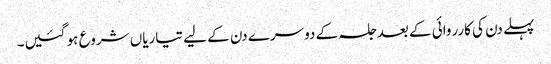
پہلے دن کی کارروائی کے بعد جلسہ کے دوسرے دن کے لیے تیاریاں شروع ہو گئیں۔